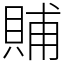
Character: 䝵